Report on sanitation, dispensaries, and jails in Rajputana for 1919, and on vaccination for the year 1919-1920 - 1919-1920
Year: 1919
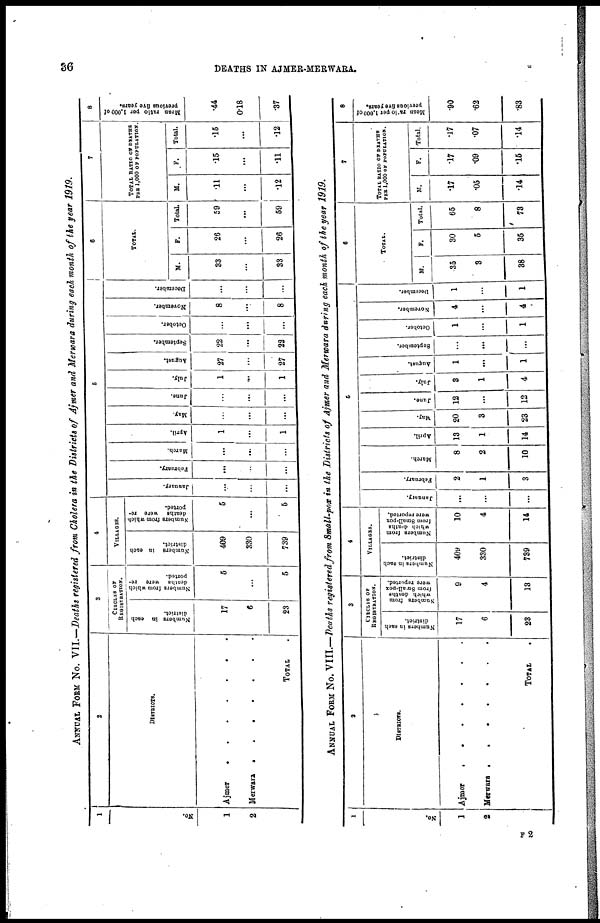
36
DEATHS IN AJMER-MERWARA.
ANNUAL FORM No. VII.—Deaths registered from Cholera in the Districts of Ajmer and Merwara during each month of the year 1919.
1
No.
1
2
2
DISTRICTS.
Ajmer . . . . .
Merwara
.
.
.
TOTAL .
3
CIRCLES OF
REGISTRATION.
Numbers in each
district.
17
6
23
Numbers from which
deaths were re-
ported.
5
...
5
4
VILLAGES.
Numbers in each
district.
409
330
739
Numbers from which
deaths were re-
ported.
5
...
5
5
January.
...
...
...
February.
...
...
...
March.
...
...
...
April.
1
...
1
May.
...
...
...
June.
...
...
...
July.
1
...
1
August.
27
...
27
September.
22
...
22
October.
...
...
...
November.
8
...
8
December.
...
...
...
6
TOTAL.
M.
33
...
33
F.
26
...
26
Total.
59
...
59
7
TOTAL RATIO OF DEATHS
PER 1,000 OF POPULATION.
M.
.11
...
.12
F.
.15
...
.11
Total.
.15
...
.12
8
Mean ratio per 1,000 of
previous five years.
.44
0.18
.37
ANNUAL FROM No. VIII.—Deaths registered front Small-pox in the Districts of Ajmer and Merwara during each month of the year 1919.
1
No.
1
2
2
DISTRICTS.
Ajmer . . . . .
Merwara . . . .
TOTAL .
3
CIRCLES OF
REGISTRATION.
Numbers in each
district.
17
6
23
Members from
which deaths
from Small-pox
were reported.
9
4
13
4
VILLAGES.
Numbers in each
district.
409
330
739
Numbers from
which deaths
from Small-pox
were reported.
10
4
14
5
January.
...
...
...
February.
2
1
3
March.
8
2
10
April.
13
1
14
May.
20
3
23
June.
12
...
12
July.
3
1
4
August.
1
...
1
September.
...
...
...
October.
1
...
1
November.
4
...
4
December.
1
...
1
6
TOTAL.
M.
35
3
38
F.
30
5
35
Total.
65
8
73
7
TOTAL RATIO OF DEATHS
PER 1,000 OF POPULATION.
M.
.17
.05
.14
F.
.17
.09
.15
Total.
.17
.07
.14
8
Mean ratio per 1,000 of
prerious five years.
.90
.62
.83
F 2